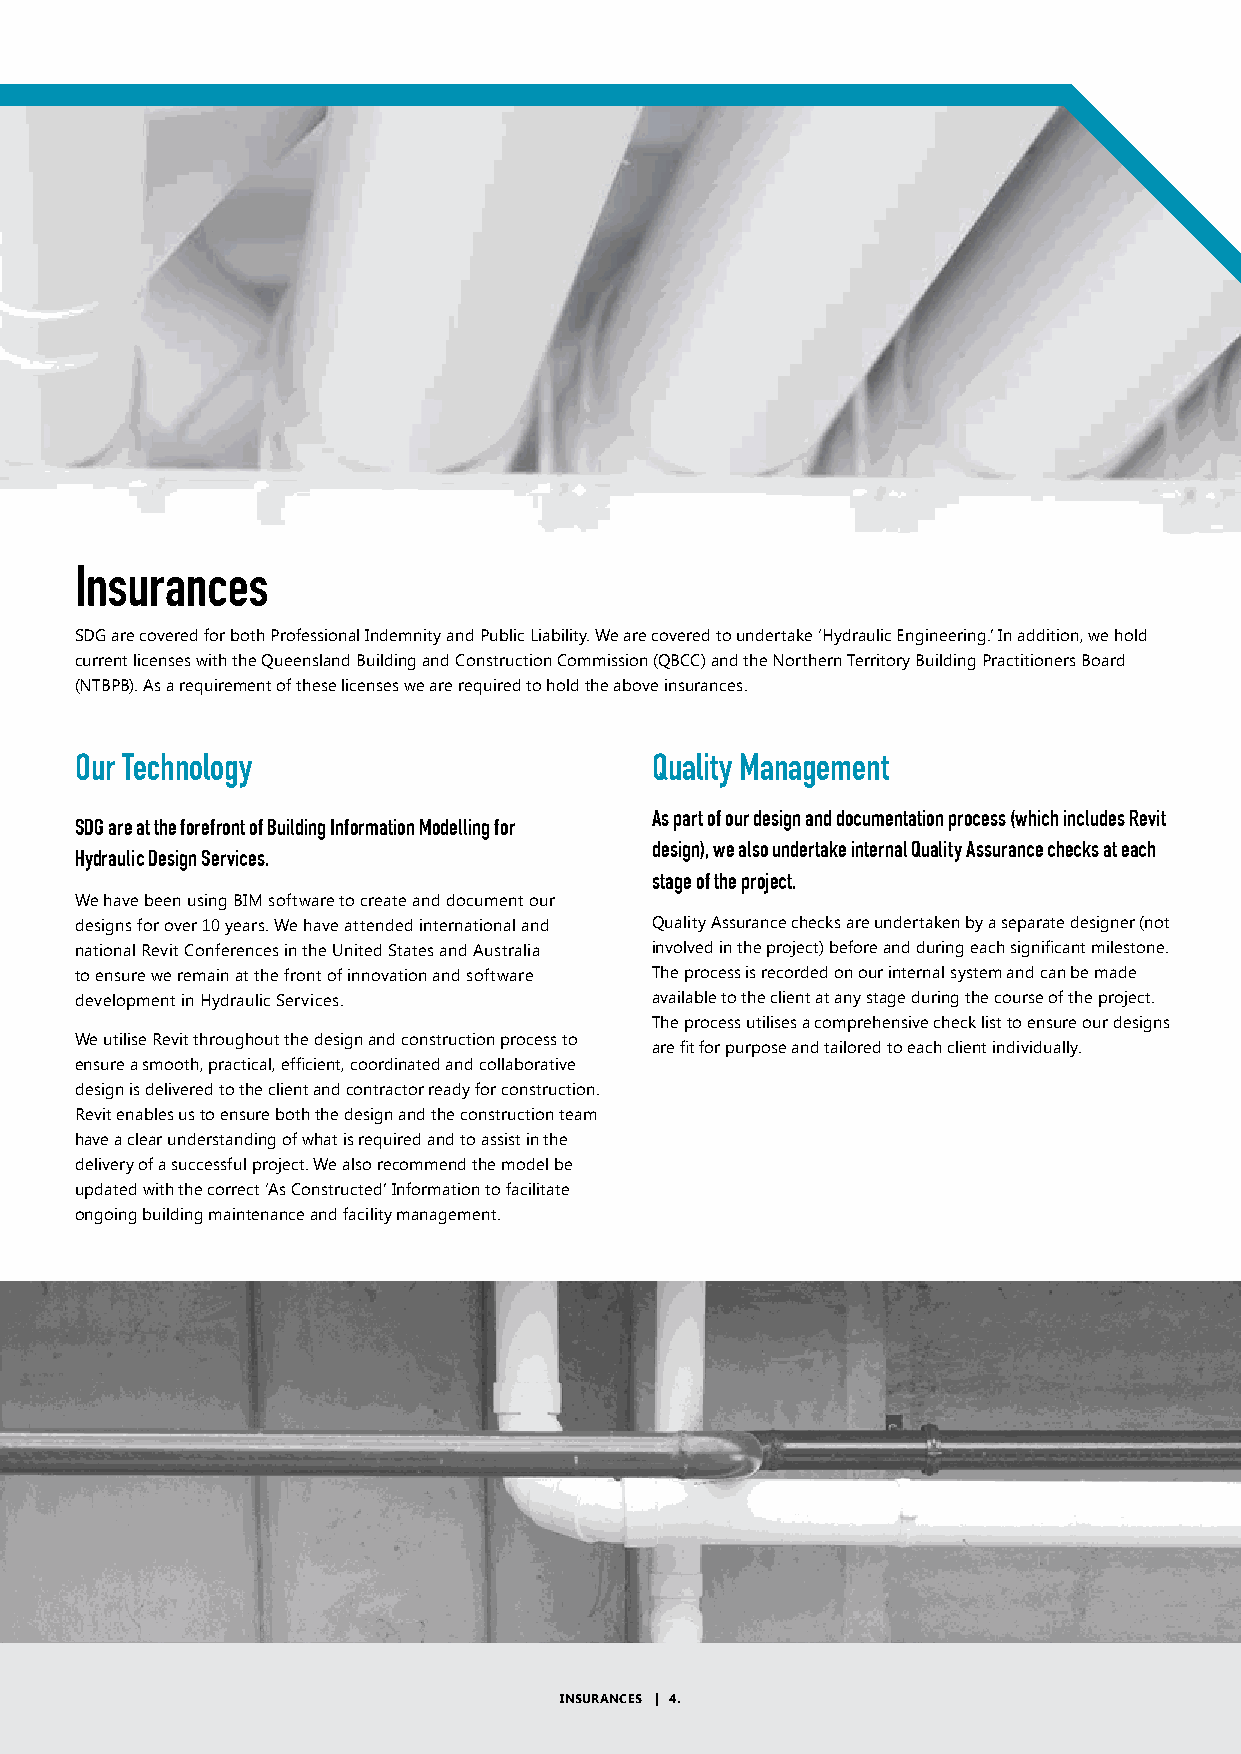
Insurances
 SDG are covered for both Professional Indemnity and Public Liability. We are covered to undertake ‘Hydraulic Engineering.’ In addition, we hold
 current licenses with the Queensland Building and Construction Commission (QBCC) and the Northern Territory Building Practitioners Board
 (NTBPB). As a requirement of these licenses we are required to hold the above insurances.
 Our Technology                        Quality Management
 As part of our design and documentation process (which includes Revit
 SDG are at the forefront of Building Information Modelling for
 design), we also undertake internal Quality Assurance checks at each
 Hydraulic Design Services.
 stage of the project.
 We have been using BIM software to create and document our
 designs for over 10 years. We have attended international and Quality Assurance checks are undertaken by a separate designer (not
 national Revit Conferences in the United States and Australia involved in the project) before and during each significant milestone.
 to ensure we remain at the front of innovation and software The process is recorded on our internal system and can be made
 development in Hydraulic Services.    available to the client at any stage during the course of the project.
 The process utilises a comprehensive check list to ensure our designs
 We utilise Revit throughout the design and construction process to
 are fit for purpose and tailored to each client individually.
 ensure a smooth, practical, efficient, coordinated and collaborative
 design is delivered to the client and contractor ready for construction.
 Revit enables us to ensure both the design and the construction team
 have a clear understanding of what is required and to assist in the
 delivery of a successful project. We also recommend the model be
 updated with the correct ‘As Constructed’ Information to facilitate
 ongoing building maintenance and facility management.
 INSURANCES | 4.